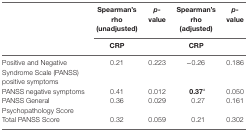
<table><thead><tr><td></td><td><b>Spearman’s rho (unadjusted)</b></td><td><b><i>p</i>-value</b></td><td><b>Spearman’s rho (adjusted)</b></td><td><b><i>p</i>-value</b></td></tr><tr><td></td><td><b>CRP</b></td><td></td><td><b>CRP</b></td><td></td></tr></thead><tbody><tr><td>Positive and Negative Syndrome Scale (PANSS) positive symptoms</td><td>0.21</td><td>0.223</td><td>−0.26</td><td>0.186</td></tr><tr><td>PANSS negative symptoms</td><td>0.41</td><td>0.012</td><td><b>0.37<sup>a</sup></b></td><td>0.050</td></tr><tr><td>PANSS General Psychopathology Score</td><td>0.36</td><td>0.029</td><td>0.27</td><td>0.161</td></tr><tr><td>Total PANSS Score</td><td>0.32</td><td>0.059</td><td>0.21</td><td>0.302</td></tr></tbody></table>